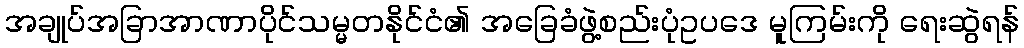
အချုပ်အခြာအာဏာပိုင်သမ္မတနိုင်ငံ၏ အခြေခံဖွဲ့စည်းပုံဥပဒေ မူကြမ်းကို ရေးဆွဲရန်